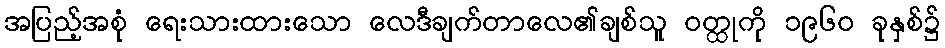
အပြည့်အစုံ ရေးသားထားသော လေဒီချက်တာလေ၏ချစ်သူ ဝတ္ထုကို ၁၉၆၀ ခုနှစ်၌